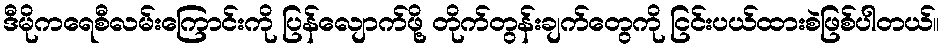
ဒီမိုကရေစီလမ်းကြောင်းကို ပြန်လျောက်ဖို့ တိုက်တွန်းချက်တွေကို ငြင်းပယ်ထားစဲဖြစ်ပါတယ်။